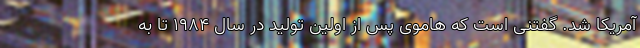
آمریکا شد. گفتنی است که هاموی پس از اولین تولید در سال 1984 تا به